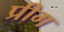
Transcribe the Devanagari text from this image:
प्रीग